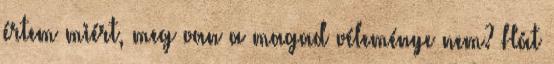
értem miért, meg van a magad véleménye nem? Hát